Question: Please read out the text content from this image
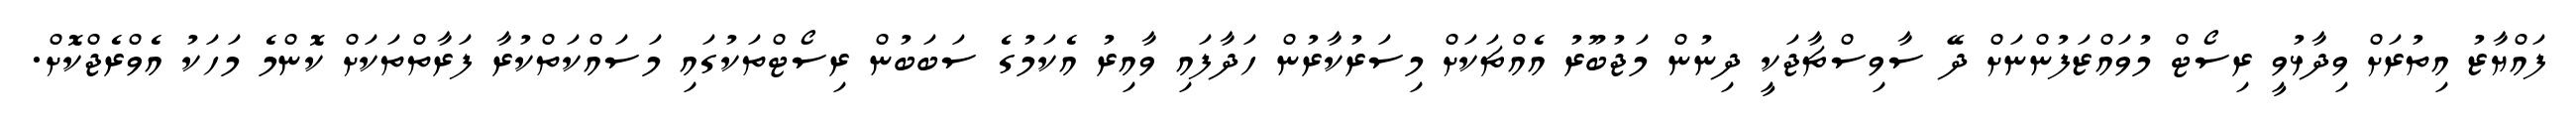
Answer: ފައްޔާޒު އިތުރަށް ވިދާޅުވީ ރިސޯޓް މުވައްޒަފުންނަށް ދޭ ސާވިސްޗާޖަކީ ދިނުން މަޖުބޫރު އެއްޗަކަށް މިސަރުކާރުން ހަދާފައި ވާއިރު އެކަމުގެ ސަބަބުން ރިސޯޓްތަކުގައި މަސައްކަތްކުރާ ފަރާތްތަކަށް ކޮންމެ މަހަކު އެވްރެޖްކޮށް.